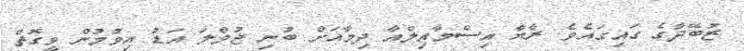
ޒުބޭދާގެ ގައިގައެވެ. ރާޔާ އިސްމާއިލްއާ ދިމާއަށް ބުނި ޖުމްލަ އަޑު އިވުމުން ވީގޮތް